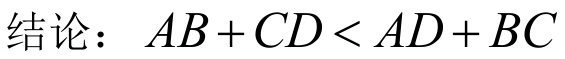
结论：\(AB + CD < AD + BC\)